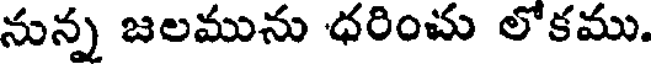
నున్న జలమును ధరించు లోకము.